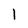
Character: 1